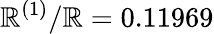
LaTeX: \mathbb{R}^{(1)}/\mathbb{R}=0.11969